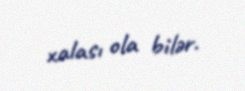
xalası ola bilər.